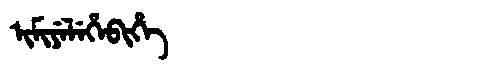
Manchu: ᡳᠮᡳᠶᡝᠯᡝᡥᡝᠪᡳᡥᡝ
Romanization: IMIYELEHEBIHE